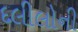
દલીલોની